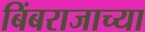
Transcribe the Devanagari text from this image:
बिंबराजाच्या